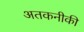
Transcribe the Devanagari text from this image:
अतकनीकी